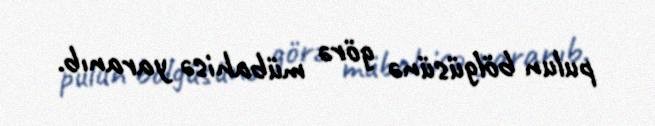
pulun bölgüsünə görə mübahisə yaranıb.